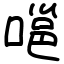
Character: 嗈